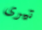
تيرى